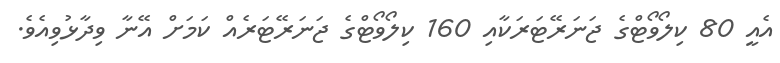
އެއީ 80 ކިލޯވޯޓްގެ ޖަނަރޭޓަރަކާއި 160 ކިލޯވޯޓްގެ ޖަނަރޭޓަރެއް ކަމަށް އޭނާ ވިދާޅުވިއެވެ.